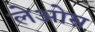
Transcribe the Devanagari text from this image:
लेओस